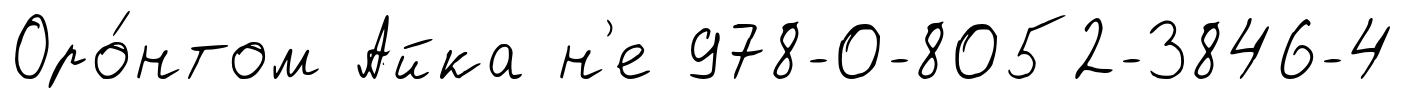
Оро́нтом Айка н'е 978-0-8052-3846-4